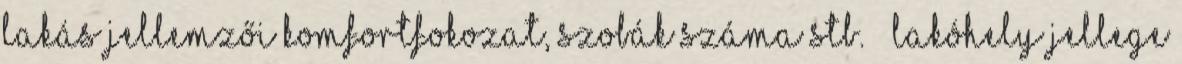
Lakás jellemzői komfortfokozat, szobák száma stb. – Lakóhely jellege